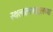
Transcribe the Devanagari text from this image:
स्थलांतराबद्दलच्या